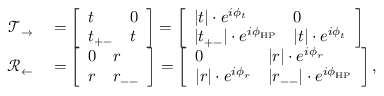
\begin{array} { r l } { \mathcal { T } _ { \rightarrow } } & { { } = \left[ \begin{array} { l l } { t } & { 0 } \\ { t _ { + - } } & { t } \end{array} \right] = \left[ \begin{array} { l l } { | t | \cdot e ^ { i \phi _ { t } } } & { 0 } \\ { | t _ { + - } | \cdot e ^ { i \phi _ { \mathrm { H P } } } } & { | t | \cdot e ^ { i \phi _ { t } } } \end{array} \right] } \\ { \mathcal { R } _ { \leftarrow } } & { { } = \left[ \begin{array} { l l } { 0 } & { r } \\ { r } & { r _ { -- } } \end{array} \right] = \left[ \begin{array} { l l } { 0 } & { | r | \cdot e ^ { i \phi _ { r } } } \\ { | r | \cdot e ^ { i \phi _ { r } } } & { | r _ { -- } | \cdot e ^ { i \phi _ { \mathrm { H P } } } } \end{array} \right] , } \end{array}